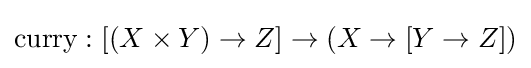
{\mbox{curry}}:[(X\times Y)\to Z]\to (X\to [Y\to Z])